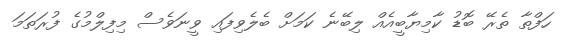
ހަފްތާ ތެރޭ ބޮޑު ކާމިޔާބީއެއް ލިބޭނެ ކަމަށް ބެލެވިފައި ވީނަަވެސް މިފިލްމުގެ ފުރަތަމަ